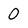
Character: 0